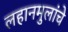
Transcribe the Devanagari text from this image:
लहानमुलांचे